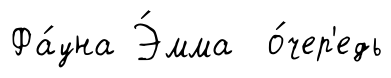
Фа́уна Э́мма о́чер'едь